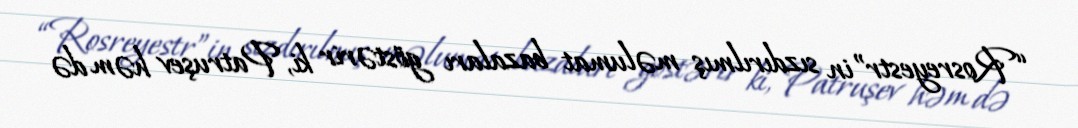
“Rosreyestr”in sızdırılmış məlumat bazaları göstərir ki, Patruşev həm də